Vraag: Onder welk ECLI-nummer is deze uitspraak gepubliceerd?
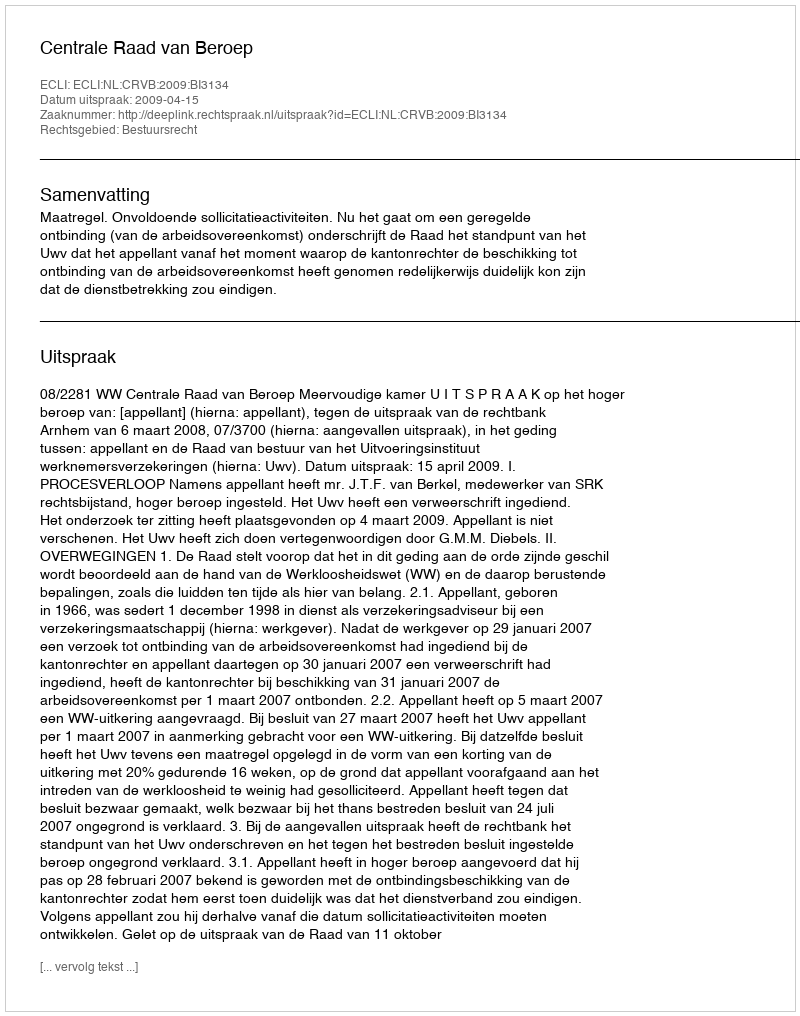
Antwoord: ECLI:NL:CRVB:2009:BI3134